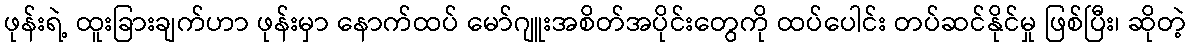
ဖုန်းရဲ့ ထူးခြားချက်ဟာ ဖုန်းမှာ နောက်ထပ် မော်ဂျူးအစိတ်အပိုင်းတွေကို ထပ်ပေါင်း တပ်ဆင်နိုင်မှု ဖြစ်ပြီး၊ ဆိုတဲ့